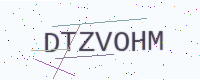
Text: DTZVOHM